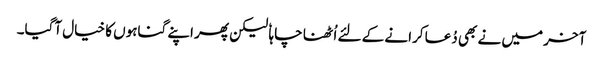
آخر میں نے بھی دُعا کرانے کے لئے اُٹھنا چاہا ٗ لیکن پھر اپنے گناہوں کا خیال آگیا۔